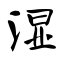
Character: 湿